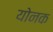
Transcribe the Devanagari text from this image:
योनक